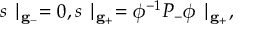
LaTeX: s \mid _ { { \bf g } _ { - } } = 0 , s \mid _ { { \bf g } _ { + } } = \phi ^ { - 1 } P _ { - } \phi \mid _ { { \bf g } _ { + } } ,